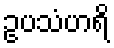
ဥပသံဟရိ